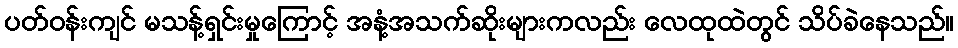
ပတ်ဝန်းကျင် မသန့်ရှင်းမှုကြောင့် အနံ့အသက်ဆိုးများကလည်း လေထုထဲတွင် သိပ်ခဲနေသည်။